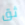
ثق